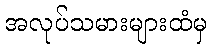
အလုပ်သမားများထံမှ